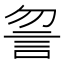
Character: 𧥲